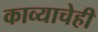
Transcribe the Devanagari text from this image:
काव्याचेही